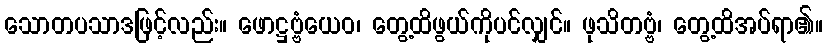
သောတပသာဒဖြင့်လည်း။ ဖောဋ္ဌဗ္ဗံယေဝ၊ တွေ့ထိဖွယ်ကိုပင်လျှင်။ ဖုသိတဗ္ဗံ၊ တွေ့ထိအပ်ရာ၏။